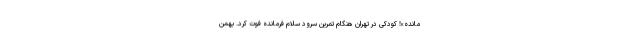
مانده»! کودکی در تهران هنگام تمرین سرود سلام فرمانده فوت کرد. بهمن